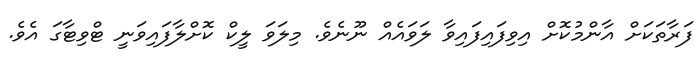
ފަރާތަކަށް އާންމުކޮށް އިވިފައިފައިވާ ލަވައެއް ނޫނެވެ. މިލަވަ ލީކް ކޮށްލާފައިވަނީ ޓްވިޓާގަ އެވެ.